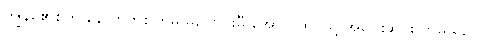
ကျွန်မ၏စိတ် နောက်တစ်ကြိမ် မပြောင်းမီ အောက်ထပ်သို့ အပြေးဆင်းလာမိသည်။